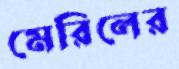
মেরিলের